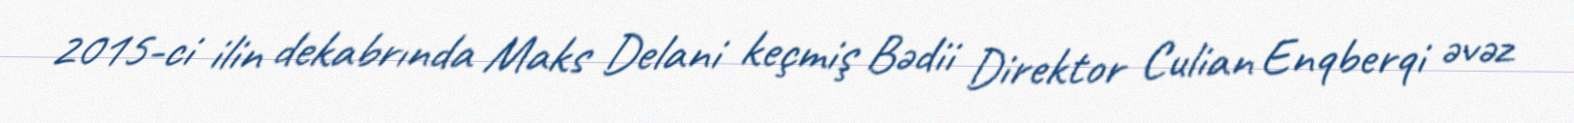
2015-ci ilin dekabrında Maks Delani keçmiş Bədii Direktor Culian Enqberqi əvəz